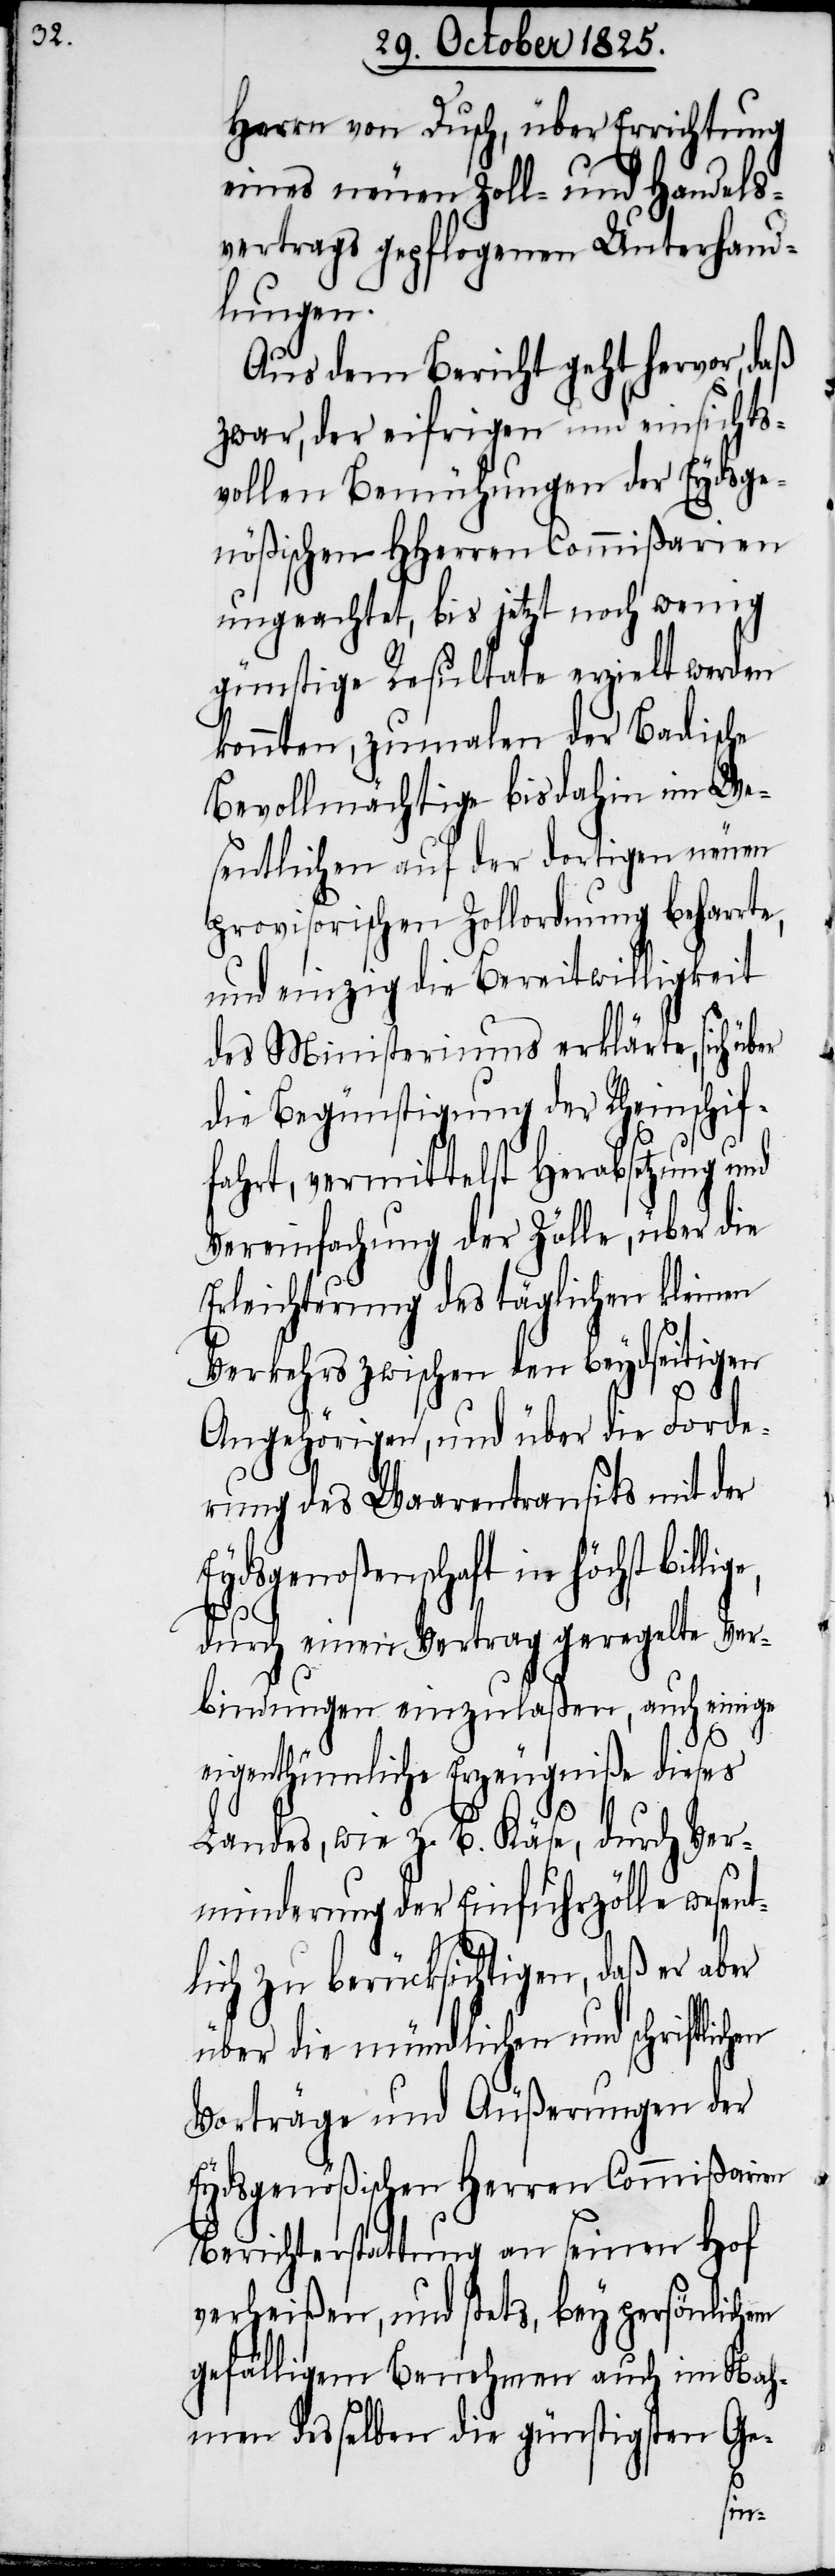
Herrn von Dusch, über Errichtung
eines neuen Zoll- und Handels¬
vertrags gepflogenen Unterhand¬
lungen.
Aus dem Bericht geht hervor, daß
zwar, der eifrigen und einsichts¬
vollen Bemühungen der Eydsge¬
nößischen HHerren Commißarien
ungeachtet, bis jetzt noch wenig
günstige Resultate erziehlt werden
konnten, zumalen der Badische
Bevollmächtigte bis dahin im We¬
sentlichen auf der dortigen neuen
provisorischen Zollordnung beharrte,
und einzig die Bereitwilligkeit
des Ministeriums erklärte, sich üb¬
die Begünstigung der Rheinschif¬
fahrt, vermittelst Herabsetzung u¬
Vereinfachung der Zölle, über die
Erleichterung des täglichen kleinen
Verkehrs zwischen den beydseitigen
Angehörigen, und über die Forde¬
rung des Waarentransits mit der
Eydsgenoßenschaft in höchst billig¬
e,
durch einen Vertrag geregelte Ver¬
bindungen einzulaßen, auch einige
eigenthümliche Erzeugniße dieses
Landes, wie z. B. Käse, durch Ver¬
minderung der Einfuhrzölle wesent¬
lich zu berücksichtigen, daß er aber
über die mündlichen und schriftlichen
Vorträge und Äußerungen der
Eydsgenößischen Herren Commißarien
Berichterstattung an seinen Hof
verheißen, und stets, bey persönlichem
gefälligem Benehmen auch im Nah¬
men desselben die günstigsten Ge-
nd